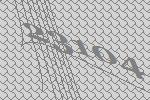
23104